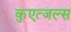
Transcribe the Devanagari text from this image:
कुएत्जल्स